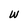
Character: W